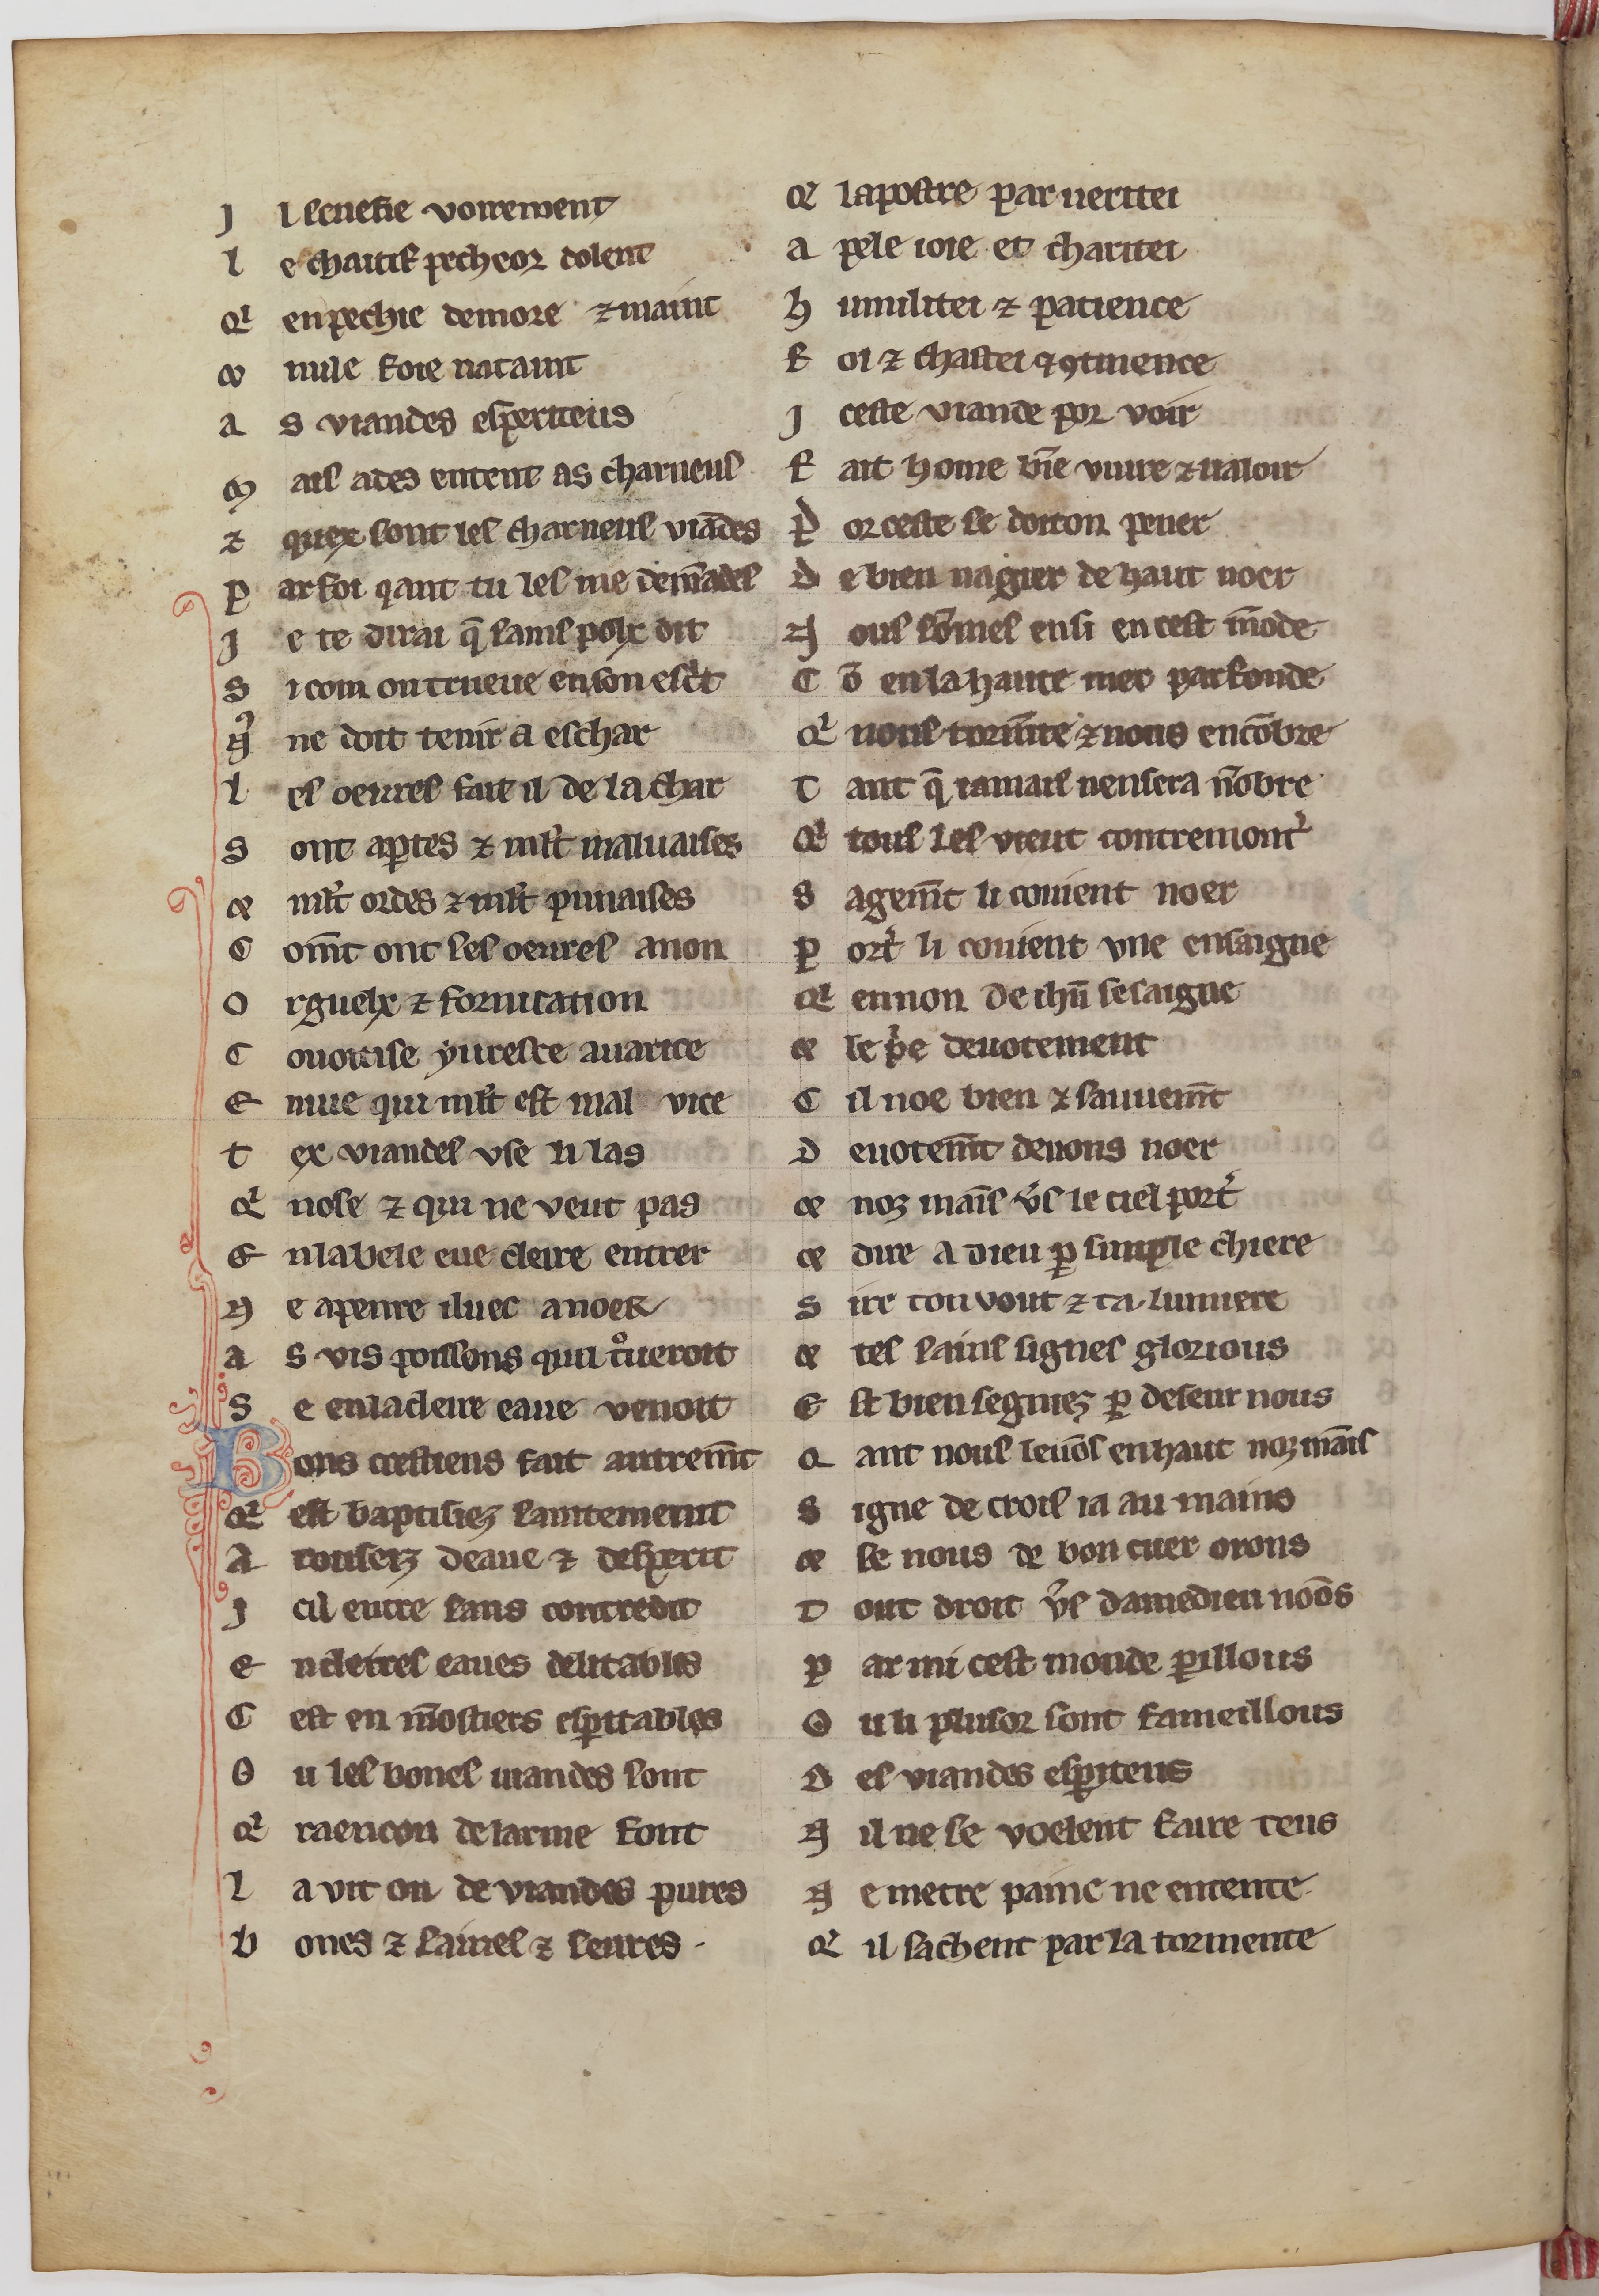
Shelfmark: Paris, BnF, fr. 24428
Century: 13